画像に写った文字を読んでください
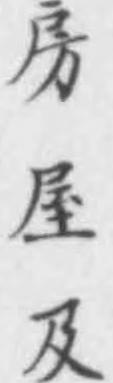
「房屋及」と書いてあります